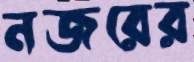
নজরের